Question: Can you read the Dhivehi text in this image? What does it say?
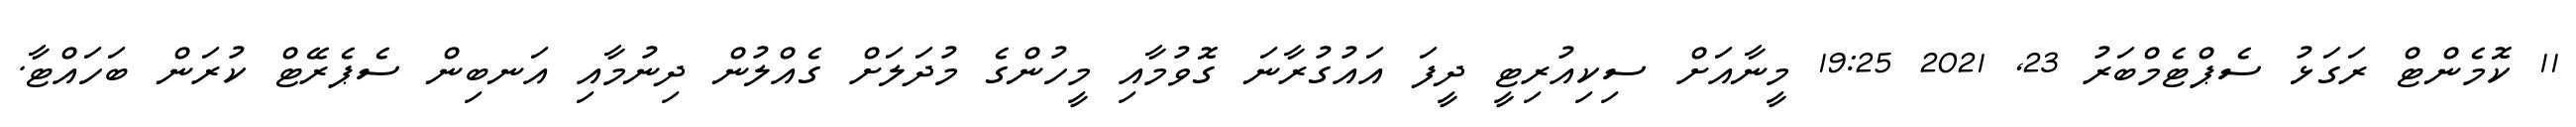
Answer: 11 ކޮމެންޓް ރަގަޅު ސެޕްޓެމްބަރު 23, 2021 19:25 މީނާއަށް ސިކިއުރިޓީ ދީފަ އައުގުރާނަ ގޮވުމާއި މީހުންގެ މުދަލަށް ގެއްލުން ދިނުމާއި އަނބިން ސެޕެރޭޓް ކުރަން ބަހައްޓާ.